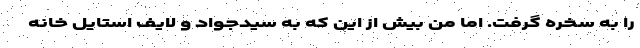
را به سخره گرفت. اما من بیش از این که به سیدجواد و لایف استایل خانه